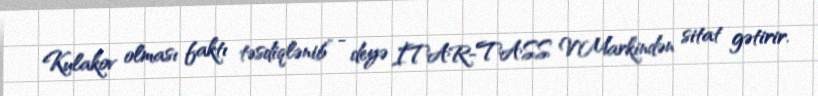
Kulakov olması faktı təsdiqlənib” - deyə İTAR-TASS V.Markindən sitat gətirir.